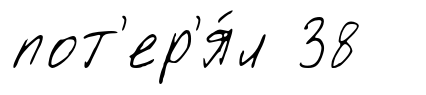
пот'ер'я́л 38